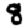
Digit: 8